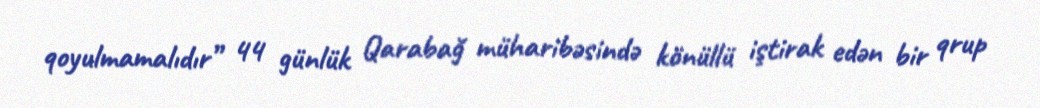
qoyulmamalıdır” 44 günlük Qarabağ müharibəsində könüllü iştirak edən bir qrup